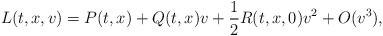
LaTeX: \begin{align*}L(t, x,v)=P(t, x) +Q(t, x) v +\frac{1}{2} R(t, x,0)v^{2} + O(v^3),\end{align*}